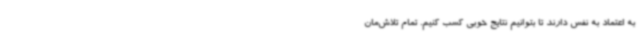
به اعتماد به نفس دارند تا بتوانیم نتایج خوبی کسب کنیم. تمام تلاش‌مان